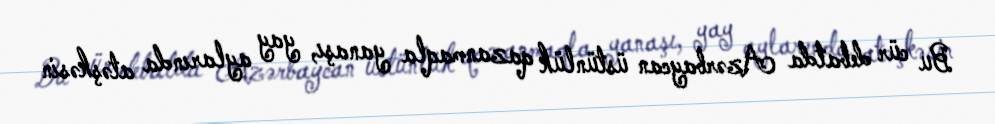
Bu cür debatda Azərbaycan üstünlük qazanmaqla yanaşı, yay aylarında atəşkəsin